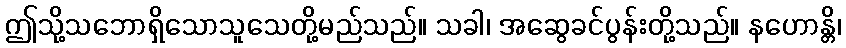
ဤသို့သဘောရှိသောသူသေတို့မည်သည်။ သခါ၊ အဆွေခင်ပွန်းတို့သည်။ နဟောန္တိ၊